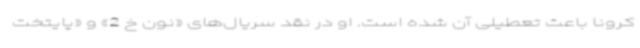
کرونا باعث تعطیلی آن شده است. او در نقد سریال‌های «نون خ 2» و «پایتخت